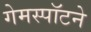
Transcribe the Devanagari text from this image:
गेमस्पॉटने